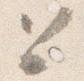
と